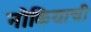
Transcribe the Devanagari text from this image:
नोकियाची